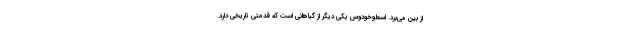
از بین می‌برد. اسطوخودوس یکی دیگر از گیاهانی است که قدمتی تاریخی دارد.